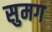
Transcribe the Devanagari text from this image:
सुमग